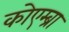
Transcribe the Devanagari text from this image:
कोएम्ब्रा